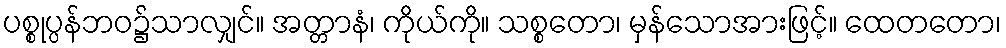
ပစ္စုပ္ပန်ဘဝ၌သာလျှင်။ အတ္တာနံ၊ ကိုယ်ကို။ သစ္စတော၊ မှန်သောအားဖြင့်။ ထေတတော၊